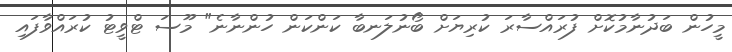
މީހުން ބަދުނާމުކޮށް ފުރައްސާރަ ކުރިޔަށް ބޯނުލަނބާ ކަންކަން ހުންނާނެ" މޫސަ ޓްވީޓު ކުރައްވާފައި